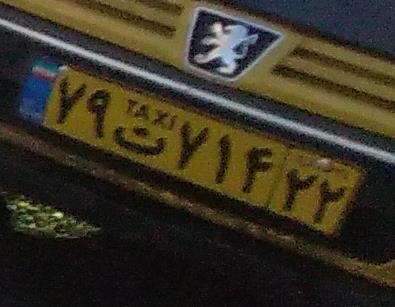
۷۹ت۷۱۴۲۲